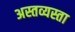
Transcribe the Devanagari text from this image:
अस्तव्यस्ता